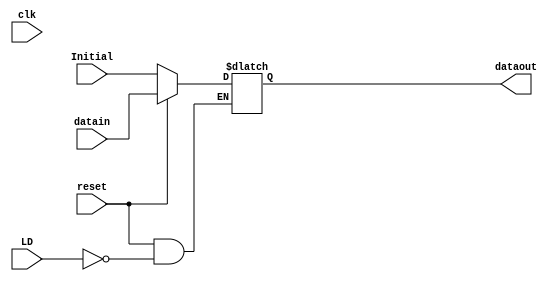
`timescale 1ns / 1ps
//////////////////////////////////////////////////////////////////////////////////
// Dexter Elmendorf
// Class:
// ECE 483 Lab #3
//
//
// 32bit Register used for AC and IR registers
//////////////////////////////////////////////////////////////////////////////////

module reg32(
    input clk,
    input LD,
    input reset,
    input [31:0] datain,
  
    input [31:0] Initial,
    
    output reg [31:0] dataout
    );
    // at every clock cycle check for reset or data module load
    always @(clk)
    begin
        if(!reset)
            dataout <= Initial;
        else
            if(LD)
                dataout <= datain;
    end
    
endmodule